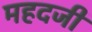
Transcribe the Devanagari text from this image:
महदजी